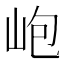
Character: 𡶄